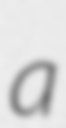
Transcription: a